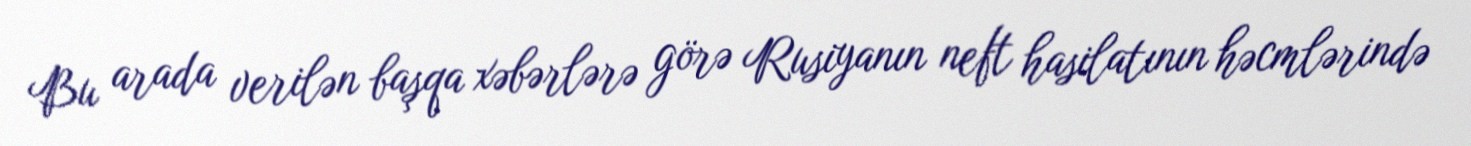
Bu arada verilən başqa xəbərlərə görə Rusiyanın neft hasilatının həcmlərində